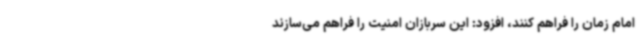
امام زمان را فراهم کنند، افزود: این سربازان امنیت را فراهم می‌سازند